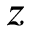
z